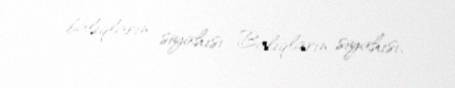
balıqların siyahısı Balıqların siyahısı.